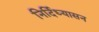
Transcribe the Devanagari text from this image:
निर्दिध्यासन